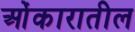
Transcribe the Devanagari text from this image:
ओंकारातील